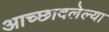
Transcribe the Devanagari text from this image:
आच्छादलेल्या